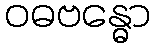
ဝဓဗန္ဓော